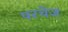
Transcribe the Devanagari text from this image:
परचेज